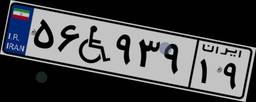
۵۶W۹۳۹۱۹